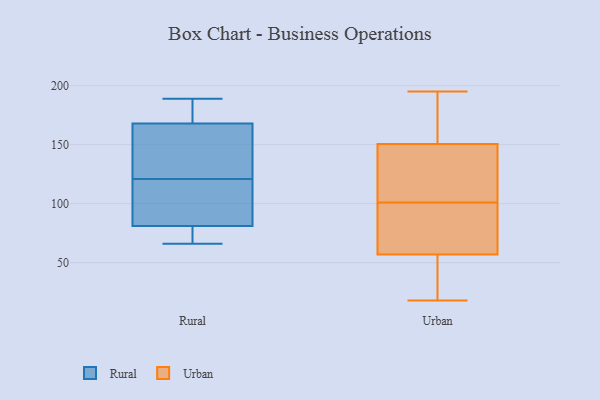
{"axis": {"x": "Conversion Rate (%)", "y": "Value"}, "legend": ["Rural", "Urban"], "data": [{"x": "", "y": 168, "type": "Rural"}, {"x": "", "y": 189, "type": "Rural"}, {"x": "", "y": 77, "type": "Rural"}, {"x": "", "y": 165, "type": "Rural"}, {"x": "", "y": 125, "type": "Rural"}, {"x": "", "y": 68, "type": "Rural"}, {"x": "", "y": 169, "type": "Rural"}, {"x": "", "y": 117, "type": "Rural"}, {"x": "", "y": 103, "type": "Rural"}, {"x": "", "y": 114, "type": "Rural"}, {"x": "", "y": 66, "type": "Rural"}, {"x": "", "y": 81, "type": "Rural"}, {"x": "", "y": 186, "type": "Rural"}, {"x": "", "y": 165, "type": "Rural"}, {"x": "", "y": 101, "type": "Urban"}, {"x": "", "y": 60, "type": "Urban"}, {"x": "", "y": 122, "type": "Urban"}, {"x": "", "y": 195, "type": "Urban"}, {"x": "", "y": 117, "type": "Urban"}, {"x": "", "y": 56, "type": "Urban"}, {"x": "", "y": 48, "type": "Urban"}, {"x": "", "y": 18, "type": "Urban"}, {"x": "", "y": 75, "type": "Urban"}, {"x": "", "y": 34, "type": "Urban"}, {"x": "", "y": 81, "type": "Urban"}, {"x": "", "y": 51, "type": "Urban"}, {"x": "", "y": 157, "type": "Urban"}, {"x": "", "y": 104, "type": "Urban"}, {"x": "", "y": 152, "type": "Urban"}, {"x": "", "y": 146, "type": "Urban"}, {"x": "", "y": 159, "type": "Urban"}, {"x": "", "y": 161, "type": "Urban"}, {"x": "", "y": 89, "type": "Urban"}]}